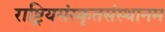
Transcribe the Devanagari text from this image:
राष्ट्रियसंस्कृतसंस्थानम